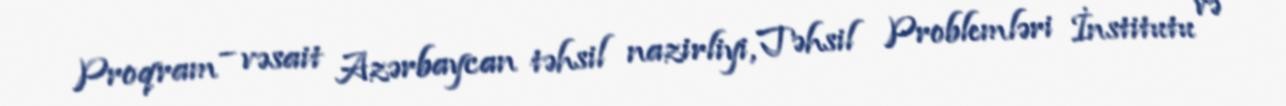
Proqram – vəsait Azərbaycan təhsil nazirliyi, Təhsil Problemləri İnstitutu və